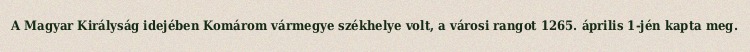
A Magyar Királyság idejében Komárom vármegye székhelye volt, a városi rangot 1265. április 1-jén kapta meg.